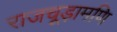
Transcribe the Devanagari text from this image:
राजचूड़ामणि